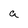
Character: a